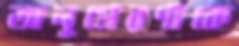
অনুপ্রেরণাকে